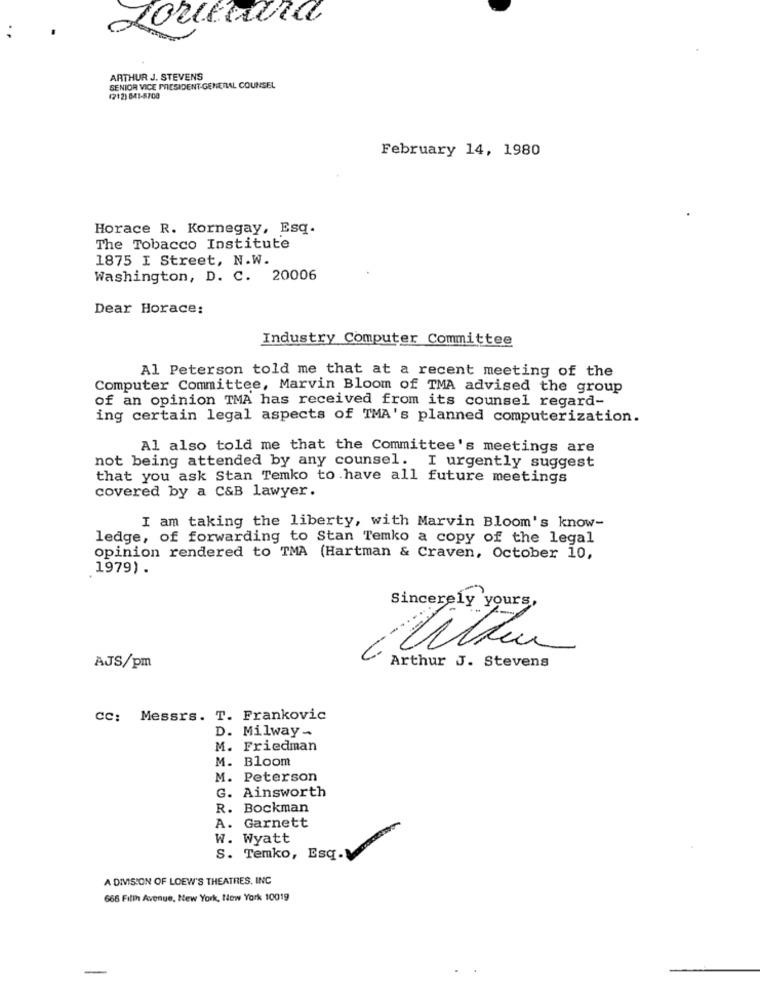
Louerand
ARTHUR J. STEVENS
SENIOR VICE PRESIDENT-GENERAL COUNSEL
(212) 841-5700
February 14, 1980
Horace R. Kornegay, Esq.
The Tobacco Institute
1875 I Street, N.W.
Washington, D. C. 20006
Dear Horace:
Industry Computer Committee
Al Peterson told me that at a recent meeting of the
Computer Committee, Marvin Bloom of TMA advised the group
of an opinion TMA has received from its counsel regard-
ing certain legal aspects of TMA's planned computerization.
Al also told me that the Committee's meetings are
not being attended by any counsel. I urgently suggest
that you ask Stan Temko to have all future meetings
covered by a C&B lawyer.
I am taking the liberty, with Marvin Bloom's know-
ledge, of forwarding to Stan Temko a copy of the legal
opinion rendered to TMA (Hartman & Craven, October 10,
1979) .
Sincerely yours,
Arthur J. Stevens
AJS/pm
cc: Messrs. T. Frankovic
D. Milway-
M. Friedman
M. Bloom
M. Peterson
G. Ainsworth
R. Bockman
A. Garnett
w. Wyatt
S. Temko, Esq.
A DIVISION OF LOEW'S THEATRES, INC
666 Fifth Avenue, New York, New York 10019
-